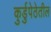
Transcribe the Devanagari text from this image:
कुर्डुपेठेतील